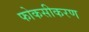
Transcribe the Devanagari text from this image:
फोकसीकरण